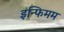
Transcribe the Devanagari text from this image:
इन्फिमम